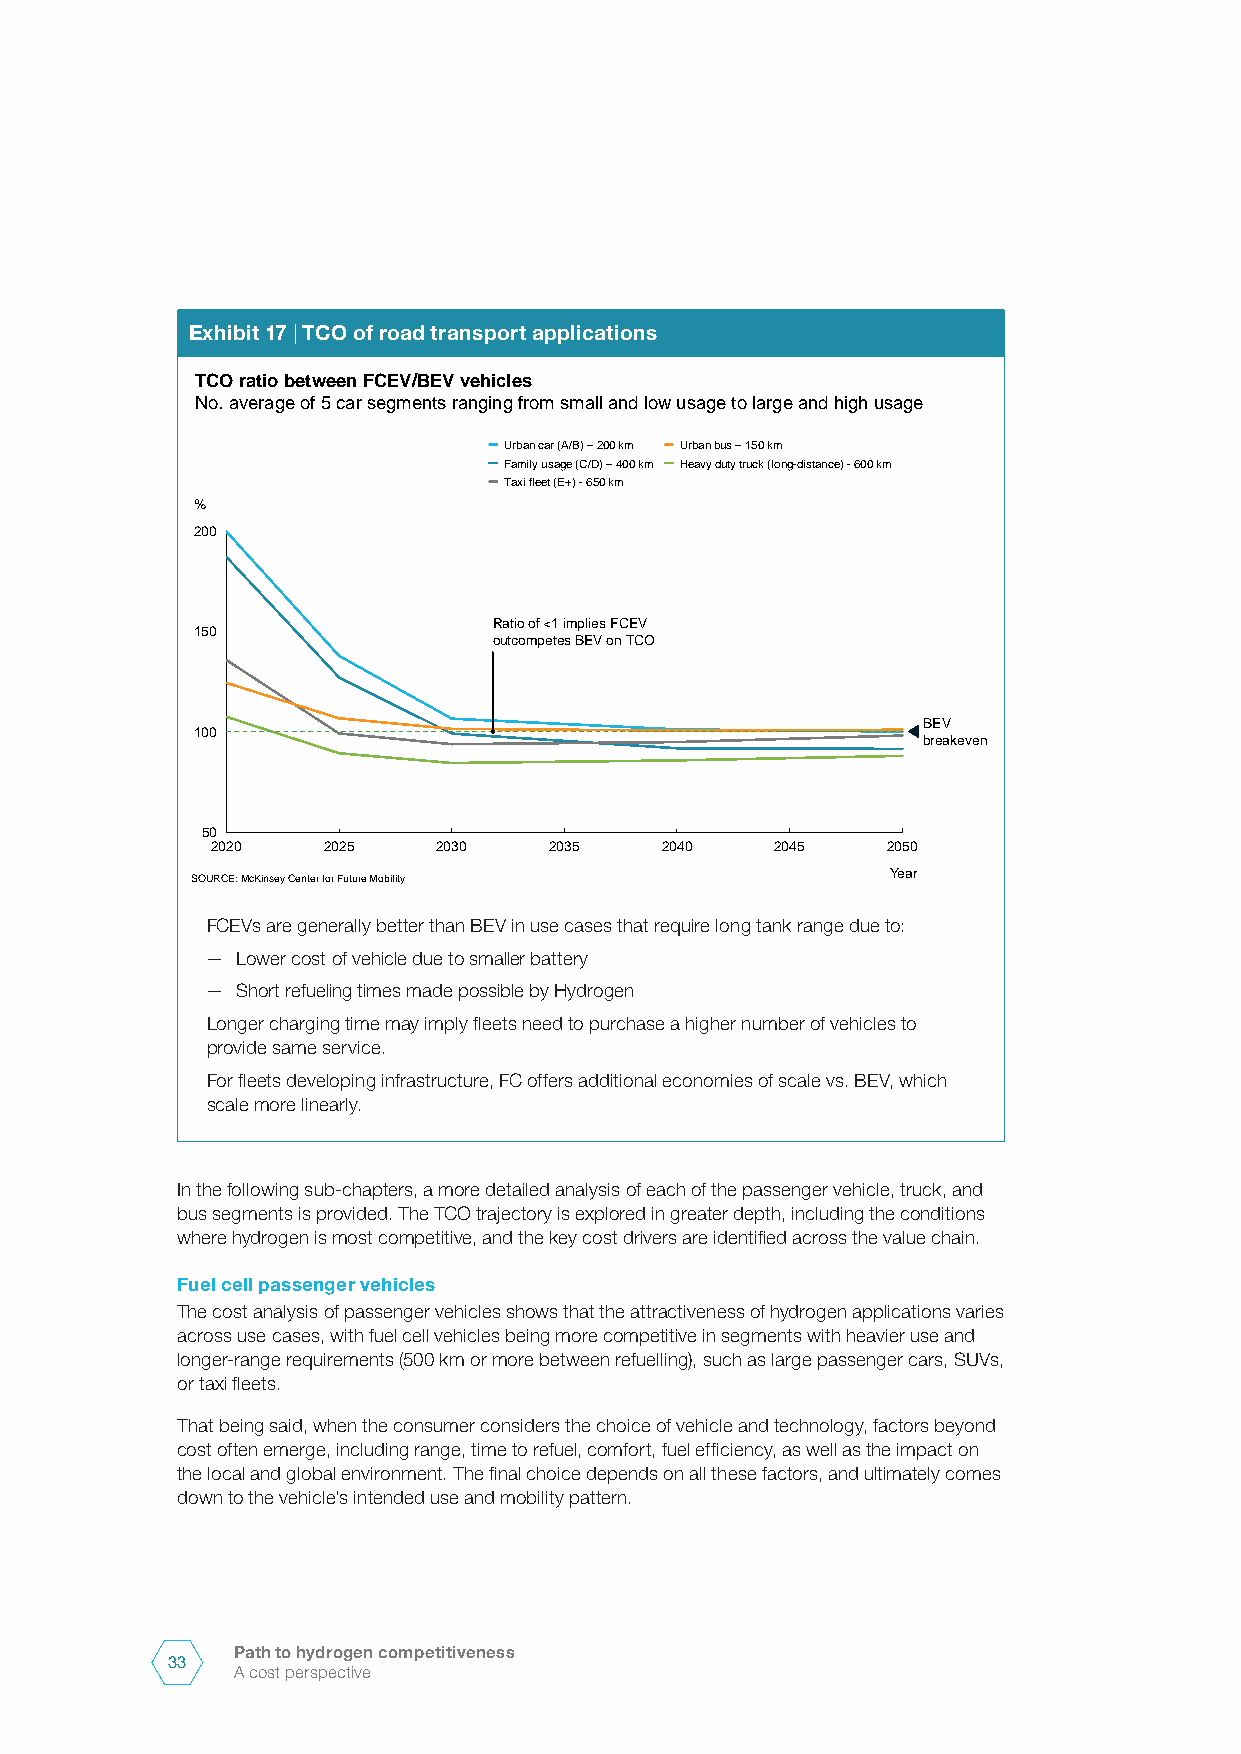
Exhibit 17 | TCO of road transport applications
 TCO ratio between FCEV/BEV vehicles
 No. average of 5 car segments ranging from small and low usage to large and high usage
 Urban car (A/B) –200 km Urban bus –150 km
 Family usage (C/D) –400 km Heavy duty truck (long-distance) -600 km
 Taxi fleet (E+) -650 km
 %
 200
 Ratio of <1 implies FCEV
 150
 outcompetes BEV on TCO
 BEV
 100
 breakeven
 50
 2020   2025    2030   2035    2040   2045    2050
 Year
 SOURCE: McKinsey Center for Future Mobility
 FCEVs are generally better than BEV in use cases that require long tank range due to:
 — Lower cost of vehicle due to smaller battery
 — Short refueling times made possible by Hydrogen
 Longer charging time may imply fleets need to purchase a higher number of vehicles to
 provide same service.
 For fleets developing infrastructure, FC offers additional economies of scale vs. BEV, which
 scale more linearly.
 In the following sub-chapters, a more detailed analysis of each of the passenger vehicle, truck, and
 bus segments is provided. The TCO trajectory is explored in greater depth, including the conditions
 where hydrogen is most competitive, and the key cost drivers are identified across the value chain.
 Fuel cell passenger vehicles
 The cost analysis of passenger vehicles shows that the attractiveness of hydrogen applications varies
 across use cases, with fuel cell vehicles being more competitive in segments with heavier use and
 longer-range requirements (500 km or more between refuelling), such as large passenger cars, SUVs,
 or taxi fleets.
 That being said, when the consumer considers the choice of vehicle and technology, factors beyond
 cost often emerge, including range, time to refuel, comfort, fuel efficiency, as well as the impact on
 the local and global environment. The final choice depends on all these factors, and ultimately comes
 down to the vehicle’s intended use and mobility pattern.
 Path to hydrogen competitiveness
 33
 A cost perspective